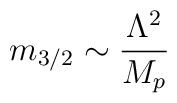
m_{3/2}\sim  \frac{\Lambda^2}{M_p}